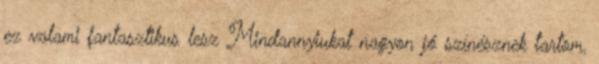
ez valami fantasztikus lesz Mindannyiukat nagyon jó színésznek tartom,